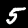
Digit: 5